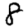
Digit: 8